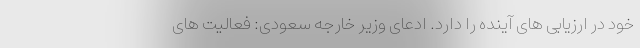
خود در ارزیابی های آینده را دارد. ادعای وزیر خارجه سعودی: فعالیت های